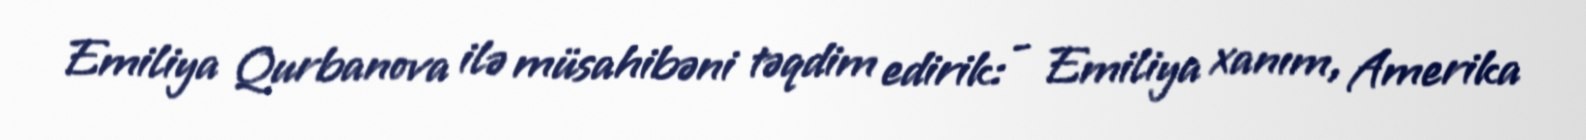
Emiliya Qurbanova ilə müsahibəni təqdim edirik: - Emiliya xanım, Amerika